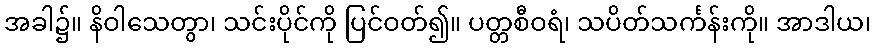
အခါ၌။ နိဝါသေတွာ၊ သင်းပိုင်ကို ပြင်ဝတ်၍။ ပတ္တစီဝရံ၊ သပိတ်သင်္ကန်းကို။ အာဒါယ၊